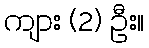
ကျား (2) ဦး။